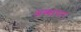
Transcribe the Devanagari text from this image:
अव्यापारः